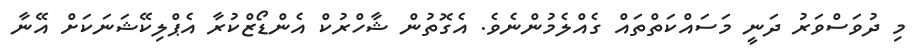
މި ދުވަސްވަރު ދަނީ މަސައްކަތްތައް ގެއްލެމުންނެވެ. އެގޮތުން ޝާހްރުކް އެންޑޯޒްކުރާ އެޕްލިކޭޝަނަކަށް އޭނާ